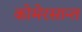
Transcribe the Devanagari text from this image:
कोमेरसान्त